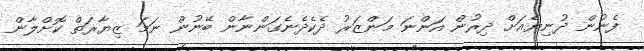
ފެނުން ދުނިޔެއަށް ދިރުން އަންނަ މަންޒަރު ދެކެދެނެގަންނާން ބޭނުން ނަމަ ޒިޔާރަތް ކޮށްލާން